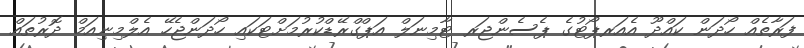
ފަރާތެއް ހޯދަން ކައްދޫ އެއަރޕޯޓުގެ ޕެސެންޖަރ ޓާމިނަލް އަޕްގްރޭޑްކުރުމަށްޓަކައި ހޯދަންޖެހޭ އެލްމިނިއަމް ދޮރުތައް